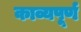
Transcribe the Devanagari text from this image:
काव्यपूर्ण